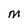
Character: M